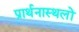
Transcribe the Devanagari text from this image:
प्रार्थनास्थलों